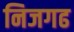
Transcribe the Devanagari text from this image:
निजगढ